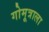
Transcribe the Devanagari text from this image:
गोमूत्राला